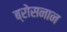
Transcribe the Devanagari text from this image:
ब्रोसनान